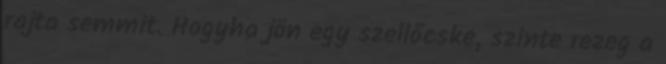
rajta semmit. Hogyha jön egy szellőcske, szinte rezeg a